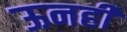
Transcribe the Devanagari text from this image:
ऊनही